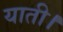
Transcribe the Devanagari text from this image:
याती।